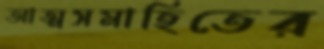
আত্মসমাহিতের